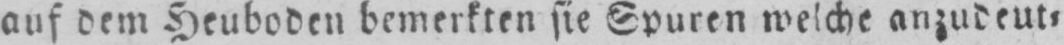
auf dem Heuboden bemerkten sie Spuren welche anzudeut⸗